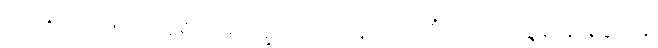
ပါ-၁၅၄၊ ဋ္ဌ-၅၉။ အရိယမဂ္ဂက္ခဏဝသေန ဧကတိံသ ဝိဿဇ္ဇနာနိ နိဒ္ဒိဋ္ဌာနိ